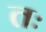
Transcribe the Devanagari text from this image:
तः